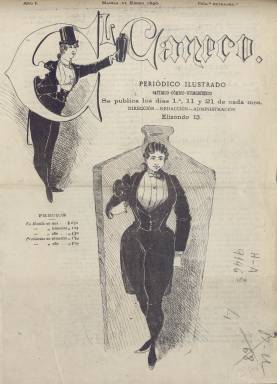
Título: El Caneco (Manila)
Colección: Periódicos
Ámbito geográfico: Filipinas
Lugar de publicación: Manila
Fechas: 21/01/1890-21/07/1890